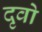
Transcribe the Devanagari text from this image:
दृवो